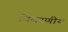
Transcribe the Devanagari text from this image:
विवरणीय